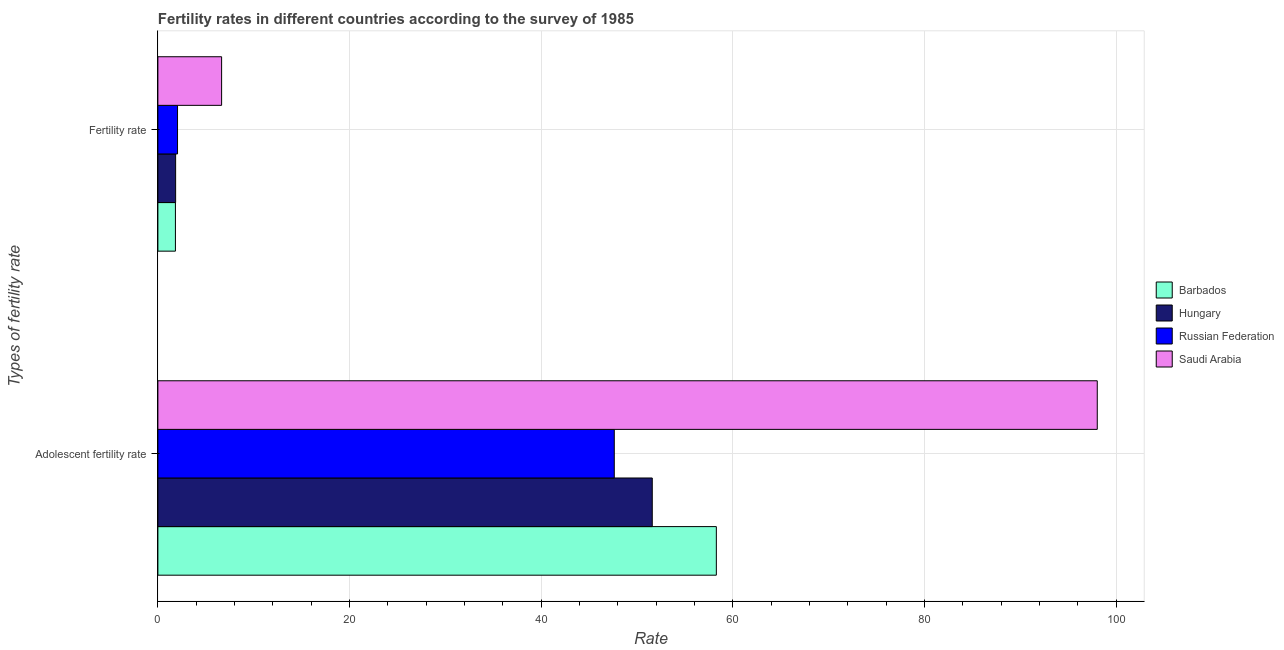
| Types of fertility rate | Barbados | Hungary | Russian Federation | Saudi Arabia |
 | --- | --- | --- | --- | --- |
 | Adolescent fertility rate | 58.3 | 51.6 | 47.6 | 98 |
 | Fertility rate | 1.83 | 1.85 | 2.05 | 6.65 |